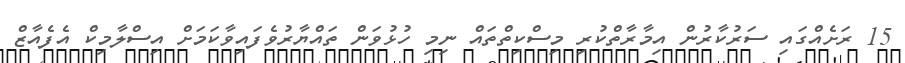
15 ރަށެއްގައި ސަރުކާރުން އިމާރާތްކުރި މިސްކިތްތައް ނިމި ހުޅުވަން ތައްޔާރުވެފައިވާކަމަށް އިސްލާމިކް އެފެއާޒް